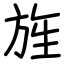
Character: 旌